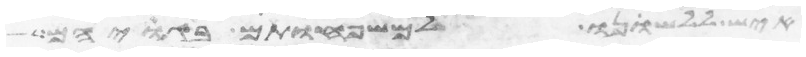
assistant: איש ללשנו למשפחותם בגויהם